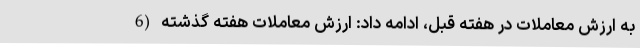
به ارزش معاملات در هفته قبل، ادامه داد: ارزش معاملات هفته گذشته (6